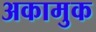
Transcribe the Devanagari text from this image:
अकामुक